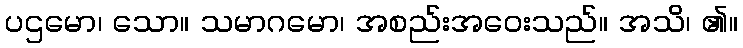
ပဌမော၊ သော။ သမာဂမော၊ အစည်းအဝေးသည်။ အသိ၊ ၏။